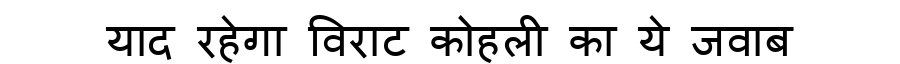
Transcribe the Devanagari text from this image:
याद रहेगा विराट कोहली का ये जवाब